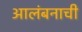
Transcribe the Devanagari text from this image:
आलंबनाची